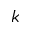
k